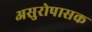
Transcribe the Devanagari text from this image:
असुरोपासक